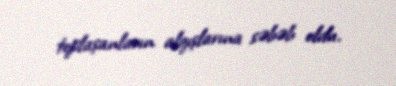
toplaşanların alqışlarına səbəb oldu.